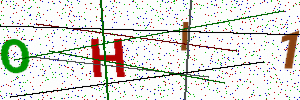
Text: OHI1